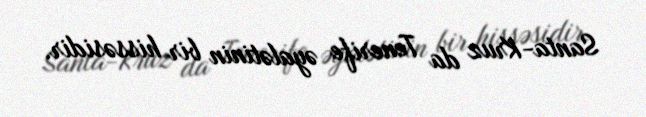
Santa-Kruz da Tenerife əyalətinin bir hissəsidir.